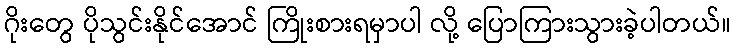
ဂိုးတွေ ပိုသွင်းနိုင်အောင် ကြိုးစားရမှာပါ လို့ ပြောကြားသွားခဲ့ပါတယ်။